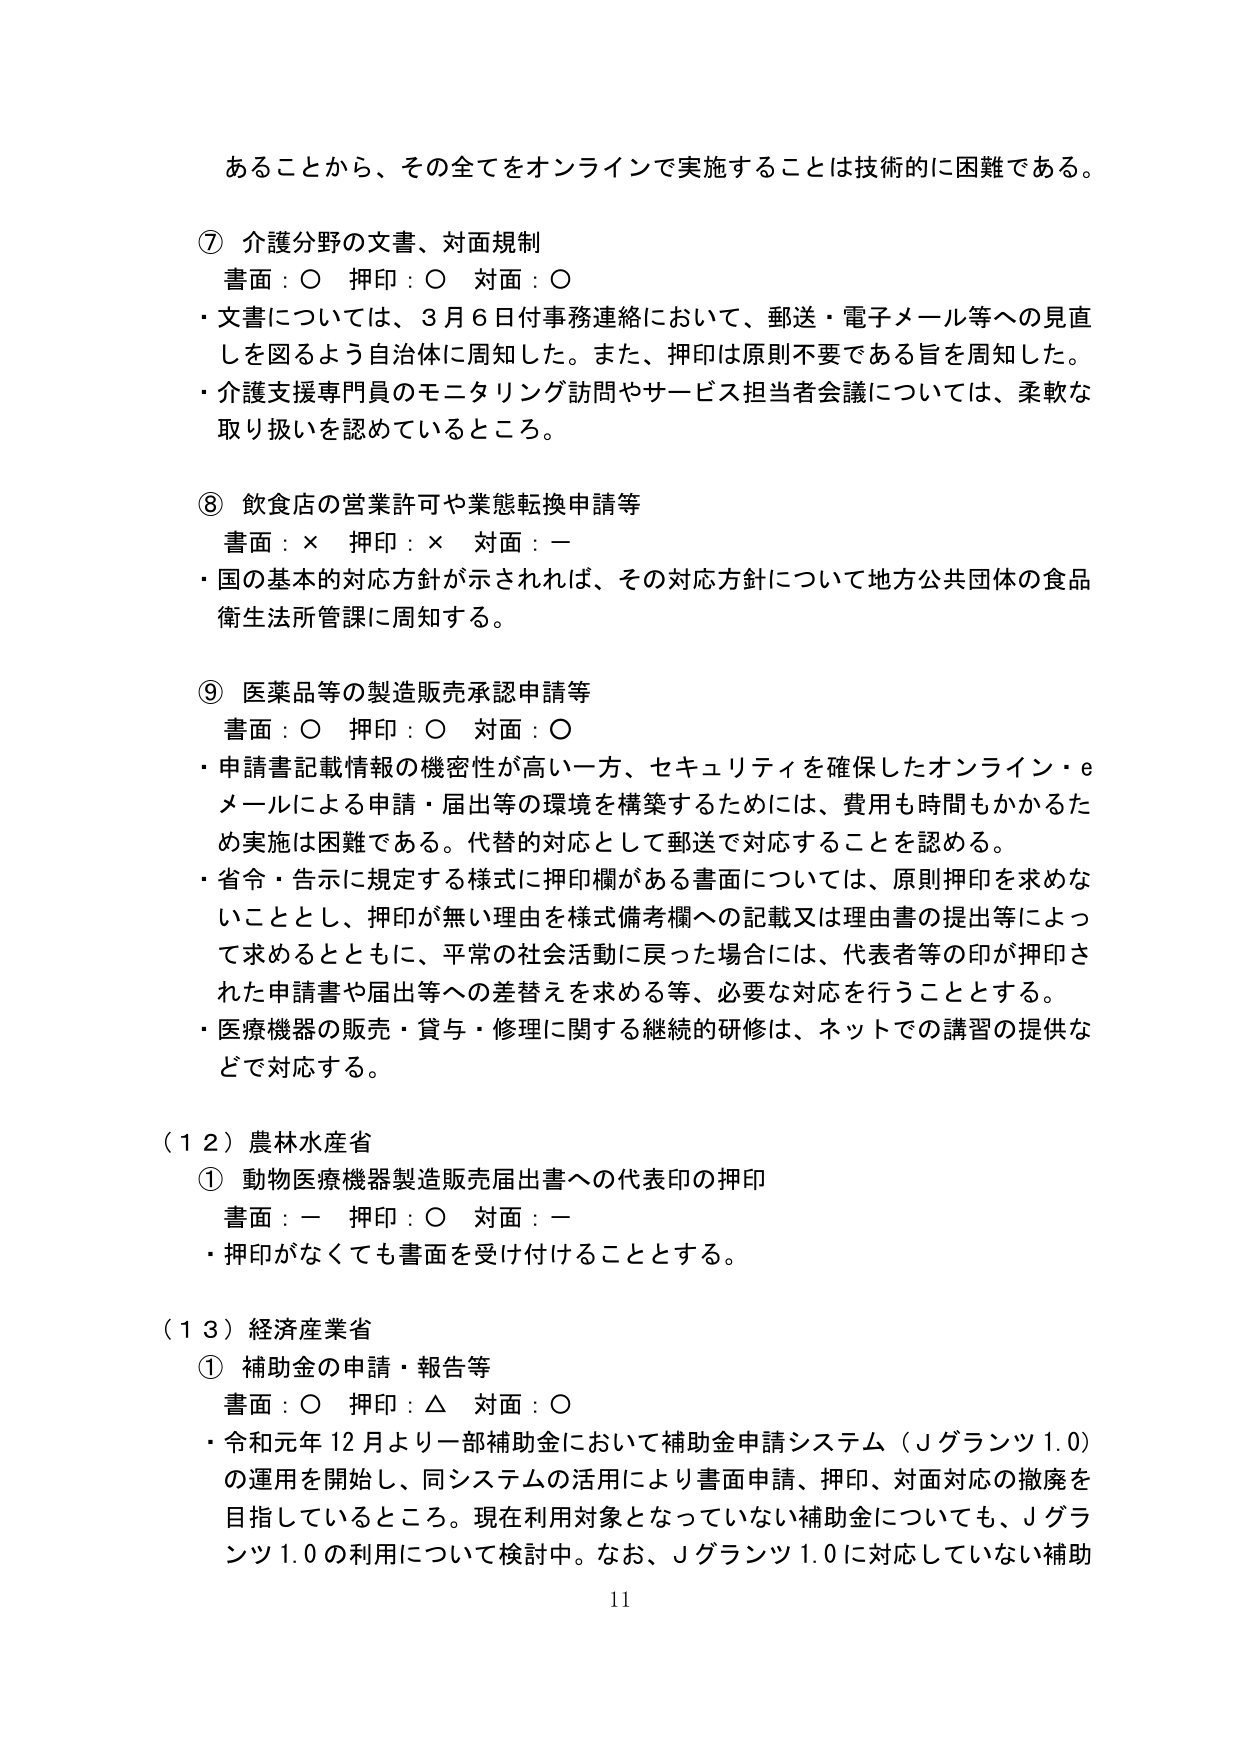
あることから、その全てをオンラインで実施することは技術的に困難である。

⑦ 介護分野の文書、対面規制
書面：○ 押印：○ 対面：○
・文書については、3月6日付事務連絡において、郵送・電子メール等への見直しを図るよう自治体に周知した。また、押印は原則不要である旨を周知した。
・介護支援専門員のモニタリング訪問やサービス担当者会議については、柔軟な取り扱いを認めているところ。

⑧ 飲食店の営業許可や業態転換申請等
書面：× 押印：× 対面：－
・国の基本的対応方針が示されれば、その対応方針について地方公共団体の食品衛生法所管課に周知する。

⑨ 医薬品等の製造販売承認申請等
書面：○ 押印：○ 対面：○
・申請書記載情報の機密性が高い一方、セキュリティを確保したオンライン・eメールによる申請・届出等の環境を構築するためには、費用も時間もかかるため実施は困難である。代替的対応として郵送で対応することを認める。
・省令・告示に規定する様式に押印欄がある書面については、原則押印を求めないこととし、押印が無い理由を様式備考欄への記載又は理由書の提出等によって求めるとともに、平常の社会活動に戻った場合には、代表者等の印が押印された申請書や届出等への差替えを求める等、必要な対応を行うこととする。
・医療機器の販売・貸与・修理に関する継続的研修は、ネットでの講習の提供などで対応する。

（12）農林水産省
① 動物医療機器製造販売届出書への代表印の押印
書面：－ 押印：○ 対面：－
・押印がなくても書面を受け付けることとする。

（13）経済産業省
① 補助金の申請・報告等
書面：○ 押印：△ 対面：○
・令和元年12月より一部補助金において補助金申請システム（Jグランツ1.0）の運用を開始し、同システムの活用により書面申請、押印、対面対応の撤廃を目指しているところ。現在利用対象となっていない補助金についても、Jグランツ1.0の利用について検討中。なお、Jグランツ1.0に対応していない補助

11